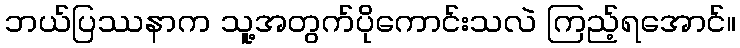
ဘယ်ပြဿနာက သူ့အတွက်ပိုကောင်းသလဲ ကြည့်ရအောင်။